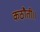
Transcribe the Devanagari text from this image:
कठौती।।